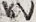
Text: 16V